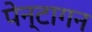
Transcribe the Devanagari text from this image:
पेन्टागन